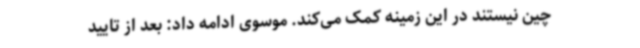
چین نیستند در این زمینه کمک می‌کند. موسوی ادامه داد: بعد از تایید